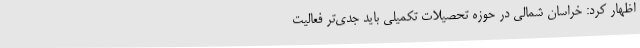
اظهار کرد: خراسان شمالی در حوزه تحصیلات تکمیلی باید جدی‌تر فعالیت